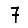
Digit: 7